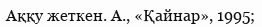
Аққу жеткен. А., «Қайнар», 1995;